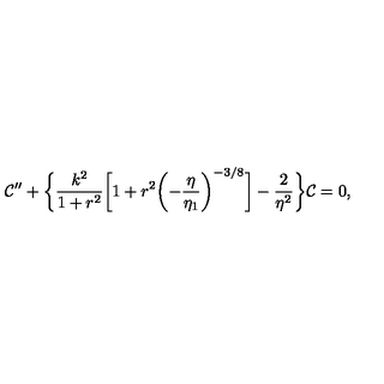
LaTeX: { \cal C } ^ { \prime \prime } + \biggl \{ \frac { k ^ { 2 } } { 1 + r ^ { 2 } } \biggl [ 1 + r ^ { 2 } \biggl ( - \frac { \eta } { \eta _ { 1 } } \biggr ) ^ { - 3 / 8 } \biggr ] - \frac { 2 } { \eta ^ { 2 } } \biggr \} { \cal C } = 0 ,